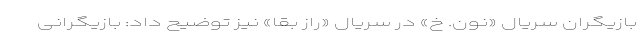
بازیگران سریال «نون. خ» در سریال «راز بقا» نیز توضیح داد: بازیگرانی